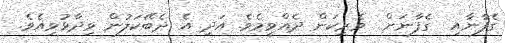
ގެފާނާއި  ގެފާނަށް  ވެރިކަން ދެއްވީމެވެ. އަދި އެ ދެބޭކަލުން ވިދާޅުވިއެވެ.